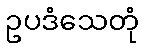
ဥပဒံသေတုံ